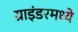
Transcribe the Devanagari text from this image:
ग्राइंडरमध्ये